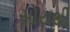
સોયથી